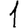
Digit: 1